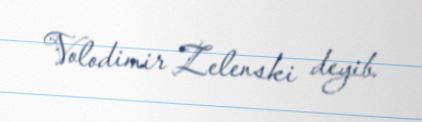
Volodimir Zelenski deyib.